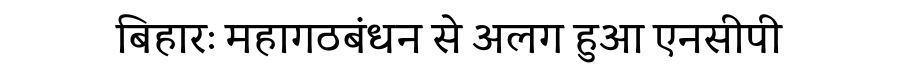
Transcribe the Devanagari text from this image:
बिहारः महागठबंधन से अलग हुआ एनसीपी